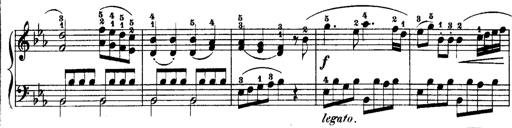
Title: Rondos and Sonatinas for Pianoforte
Composer: Daniel Steibelt